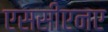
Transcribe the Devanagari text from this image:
एससीएनए